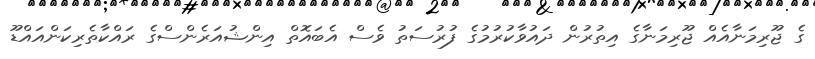
ގެ ޖޫރިމަނާއެއް ޖޫރިމަނާގެ އިތުރުން ދައުވާކުރުމުގެ ފުރުސަތު ވެސް އެބައޮތް އިންޝުއަރެންސްގެ ރައްކާތެރިކަންއައްޑޫ